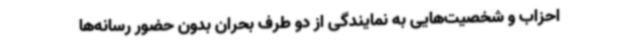
احزاب و شخصیت‌هایی به نمایندگی از دو طرف بحران بدون حضور رسانه‌ها